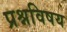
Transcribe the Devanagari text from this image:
प्रश्नविषय